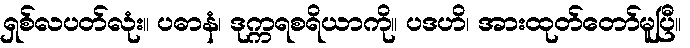
ရှစ်လပတ်လုံး။ ပဓာနံ၊ ဒုက္ကရစရိယာကို။ ပဒဟိ၊ အားထုတ်တော်မူပြီ။